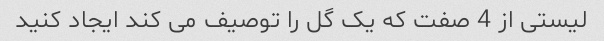
لیستی از 4 صفت که یک گل را توصیف می کند ایجاد کنید